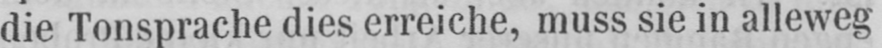
die Tonsprache dies erreiche, muss sie in alleweg